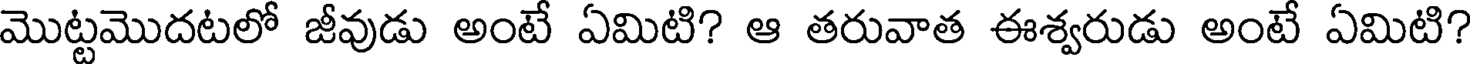
మొట్టమొదటలో జీవుడు అంటే ఏమిటి? ఆ తరువాత ఈశ్వరుడు అంటే ఏమిటి?